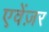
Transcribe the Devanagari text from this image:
एवेंज़र